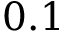
0 . 1